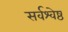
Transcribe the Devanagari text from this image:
सर्वश्वेष्ठ